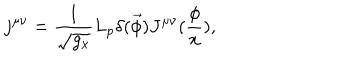
j ^ { \mu \nu } = \frac 1 { \sqrt { g _ { x } } } L _ { p } \delta ( \vec { \phi } ) J ^ { \mu \nu } ( \frac \phi x ) ,